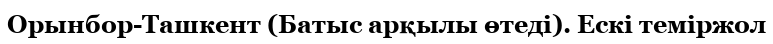
Орынбор-Ташкент (Батыс арқылы өтеді). Ескі теміржол